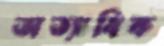
অত্যাধিক